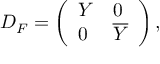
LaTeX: D _ { F } = \left( \begin{array} { l l } { { Y } } & { { 0 } } \\ { { 0 } } & { { \overline { { { Y } } } } } \end{array} \right) ,